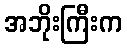
အဘိုးကြီးက